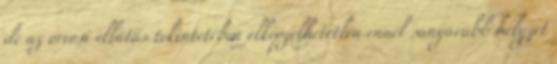
de az orvosi ellátás tekintetében elképzelhetetlen ennél sanyarúbb helyzet